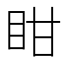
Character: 𭾧